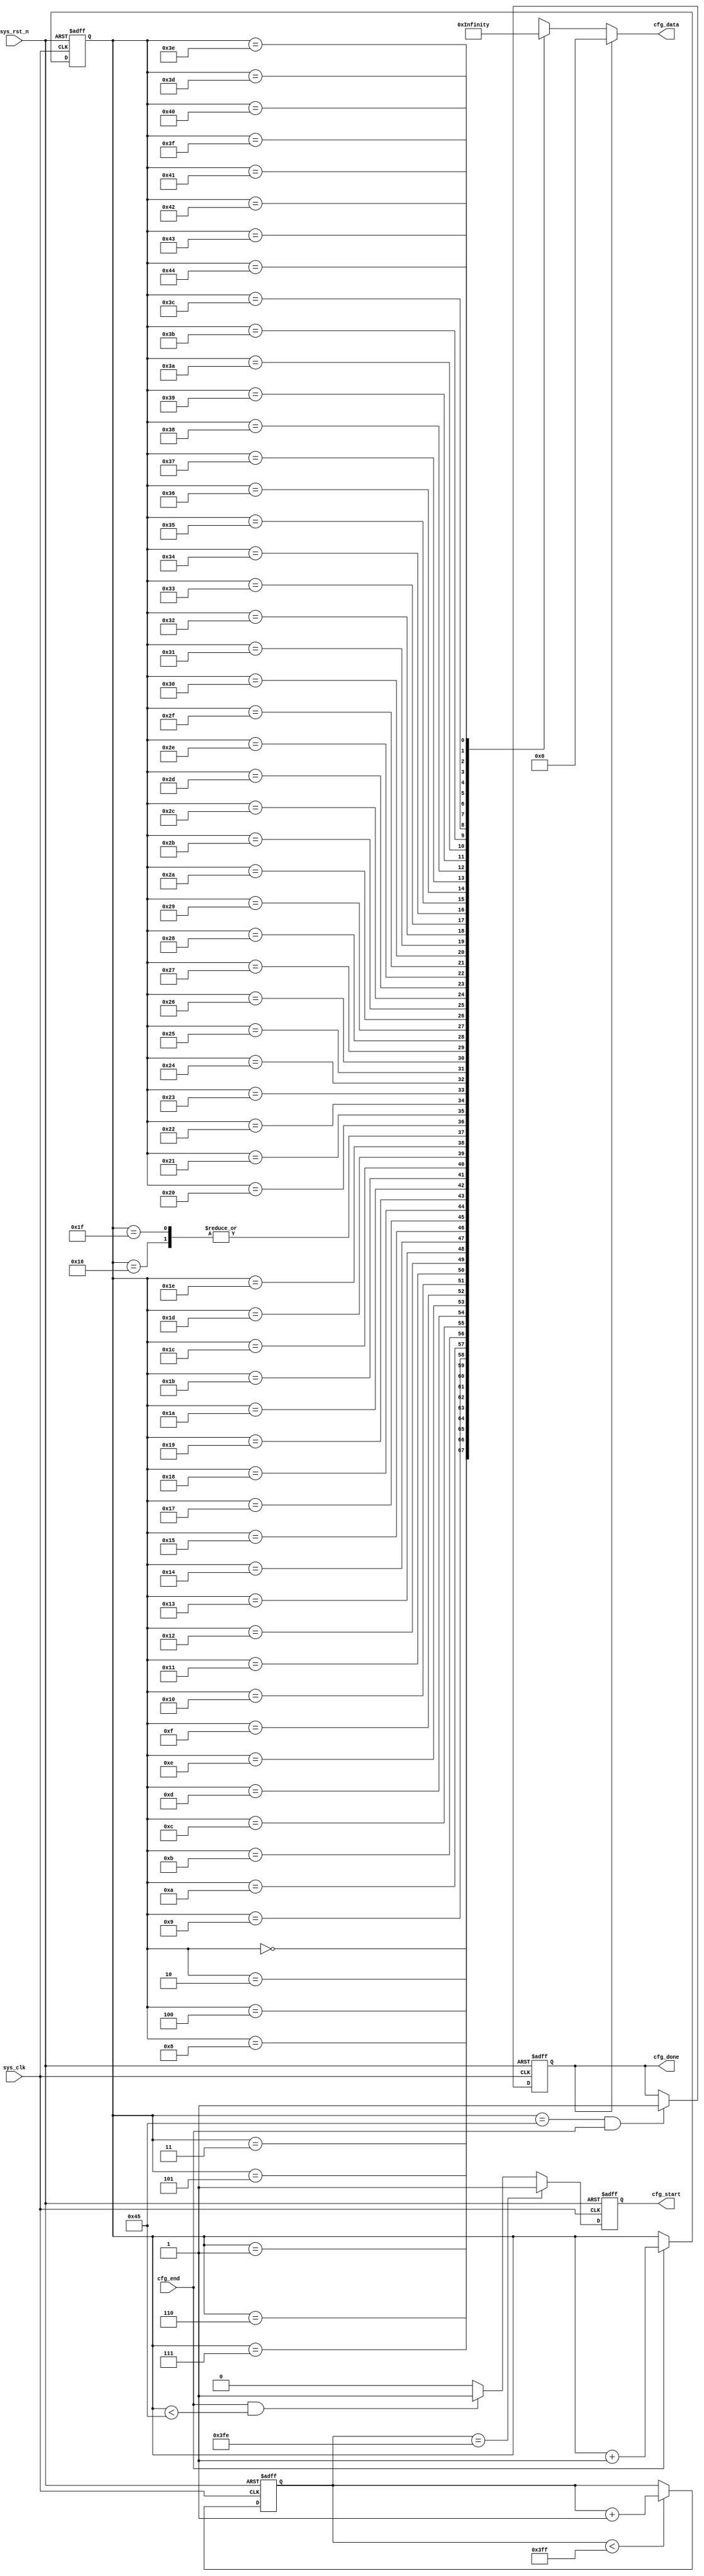
`timescale  1ns/1ns
////////////////////////////////////////////////////////////////////////
// Module Name   : ov7725_cfg
// Project Name  : ov7725_tft_320x272
// Target Devices: Altera EP4CE10F17C8N
// Tool Versions : Quartus 13.0
// Description   : OV7725
// 
// Revision      : V1.0
// Additional Comments:
// 
// : _Pro_FPGA
//     : http://www.embedfire.com
//     : http://www.firebbs.cn
//     : https://fire-stm32.taobao.com
////////////////////////////////////////////////////////////////////////

module  ov7725_cfg
(
    input   wire            sys_clk     ,   //,iic
    input   wire            sys_rst_n   ,   //,
    input   wire            cfg_end     ,   //

    output  reg             cfg_start   ,   //
    output  wire    [15:0]  cfg_data    ,   //ID,REG_ADDR,REG_VAL
    output  reg             cfg_done        //
);

//********************************************************************//
//****************** Parameter and Internal Signal *******************//
//********************************************************************//

//parameter define
parameter   REG_NUM         =   7'd69   ;   //
parameter   CNT_WAIT_MAX    =   10'd1023;   //

//wire  define
wire    [15:0]  cfg_data_reg[REG_NUM-1:0]   ;   //

//reg   define
reg     [9:0]   cnt_wait    ;   //
reg     [6:0]   reg_num     ;   //

//********************************************************************//
//***************************** Main Code ****************************//
//********************************************************************//
//cnt_wait:
always@(posedge sys_clk or negedge sys_rst_n)
    if(sys_rst_n == 1'b0)
        cnt_wait    <=  15'd0;
    else    if(cnt_wait < CNT_WAIT_MAX)
        cnt_wait    <=  cnt_wait + 1'b1;

//reg_num:
always@(posedge sys_clk or negedge sys_rst_n)
    if(sys_rst_n == 1'b0)
        reg_num <=  7'd0;
    else    if(cfg_end == 1'b1)
        reg_num <=  reg_num + 1'b1;

//cfg_start:
always@(posedge sys_clk or negedge sys_rst_n)
    if(sys_rst_n == 1'b0)
        cfg_start   <=  1'b0;
    else    if(cnt_wait == (CNT_WAIT_MAX - 1'b1))
        cfg_start   <=  1'b1;
    else    if((cfg_end == 1'b1) && (reg_num < REG_NUM))
        cfg_start   <=  1'b1;
    else
        cfg_start   <=  1'b0;

//cfg_done:
always@(posedge sys_clk or negedge sys_rst_n)
    if(sys_rst_n == 1'b0)
        cfg_done    <=  1'b0;
    else    if((reg_num == REG_NUM) && (cfg_end == 1'b1))
        cfg_done    <=  1'b1;

//cfg_data:ID,REG_ADDR,REG_VAL
assign  cfg_data = (cfg_done == 1'b1) ? 16'h0000 : cfg_data_reg[reg_num];

//----------------------------------------------------
//cfg_data_reg  ID   REG_ADDR REG_VAL
assign  cfg_data_reg[00]  =       {8'h3d,  8'h03};
assign  cfg_data_reg[01]  =       {8'h15,  8'h02};
assign  cfg_data_reg[02]  =       {8'h17,  8'h3f};
assign  cfg_data_reg[03]  =       {8'h18,  8'h50};
assign  cfg_data_reg[04]  =       {8'h19,  8'h07};
assign  cfg_data_reg[05]  =       {8'h1a,  8'h78};
assign  cfg_data_reg[06]  =       {8'h32,  8'h00};
assign  cfg_data_reg[07]  =       {8'h29,  8'h50};
assign  cfg_data_reg[08]  =       {8'h2a,  8'h00};
assign  cfg_data_reg[09]  =       {8'h2b,  8'h00};
assign  cfg_data_reg[10]  =       {8'h2c,  8'h78};
assign  cfg_data_reg[11]  =       {8'h0d,  8'h41};
assign  cfg_data_reg[12]  =       {8'h11,  8'h00};
assign  cfg_data_reg[13]  =       {8'h12,  8'h06};
assign  cfg_data_reg[14]  =       {8'h0c,  8'hd0};
assign  cfg_data_reg[15]  =       {8'h42,  8'h7f};
assign  cfg_data_reg[16]  =       {8'h4d,  8'h09};
assign  cfg_data_reg[17]  =       {8'h63,  8'hf0};
assign  cfg_data_reg[18]  =       {8'h64,  8'hff};
assign  cfg_data_reg[19]  =       {8'h65,  8'h00};
assign  cfg_data_reg[20]  =       {8'h66,  8'h00};
assign  cfg_data_reg[21]  =       {8'h67,  8'h00};
assign  cfg_data_reg[22]  =       {8'h13,  8'hff};
assign  cfg_data_reg[23]  =       {8'h0f,  8'hc5};
assign  cfg_data_reg[24]  =       {8'h14,  8'h11};
assign  cfg_data_reg[25]  =       {8'h22,  8'h98};
assign  cfg_data_reg[26]  =       {8'h23,  8'h03};
assign  cfg_data_reg[27]  =       {8'h24,  8'h40};
assign  cfg_data_reg[28]  =       {8'h25,  8'h30};
assign  cfg_data_reg[29]  =       {8'h26,  8'ha1};
assign  cfg_data_reg[30]  =       {8'h6b,  8'haa};
assign  cfg_data_reg[31]  =       {8'h13,  8'hff};
assign  cfg_data_reg[32]  =       {8'h90,  8'h0a};
assign  cfg_data_reg[33]  =       {8'h91,  8'h01};
assign  cfg_data_reg[34]  =       {8'h92,  8'h01};
assign  cfg_data_reg[35]  =       {8'h93,  8'h01};
assign  cfg_data_reg[36]  =       {8'h94,  8'h5f};
assign  cfg_data_reg[37]  =       {8'h95,  8'h53};
assign  cfg_data_reg[38]  =       {8'h96,  8'h11};
assign  cfg_data_reg[39]  =       {8'h97,  8'h1a};
assign  cfg_data_reg[40]  =       {8'h98,  8'h3d};
assign  cfg_data_reg[41]  =       {8'h99,  8'h5a};
assign  cfg_data_reg[42]  =       {8'h9a,  8'h1e};
assign  cfg_data_reg[43]  =       {8'h9b,  8'h3f};
assign  cfg_data_reg[44]  =       {8'h9c,  8'h25};
assign  cfg_data_reg[45]  =       {8'h9e,  8'h81};
assign  cfg_data_reg[46]  =       {8'ha6,  8'h06};
assign  cfg_data_reg[47]  =       {8'ha7,  8'h65};
assign  cfg_data_reg[48]  =       {8'ha8,  8'h65};
assign  cfg_data_reg[49]  =       {8'ha9,  8'h80};
assign  cfg_data_reg[50]  =       {8'haa,  8'h80};
assign  cfg_data_reg[51]  =       {8'h7e,  8'h0c};
assign  cfg_data_reg[52]  =       {8'h7f,  8'h16};
assign  cfg_data_reg[53]  =       {8'h80,  8'h2a};
assign  cfg_data_reg[54]  =       {8'h81,  8'h4e};
assign  cfg_data_reg[55]  =       {8'h82,  8'h61};
assign  cfg_data_reg[56]  =       {8'h83,  8'h6f};
assign  cfg_data_reg[57]  =       {8'h84,  8'h7b};
assign  cfg_data_reg[58]  =       {8'h85,  8'h86};
assign  cfg_data_reg[59]  =       {8'h86,  8'h8e};
assign  cfg_data_reg[60]  =       {8'h87,  8'h97};
assign  cfg_data_reg[61]  =       {8'h88,  8'ha4};
assign  cfg_data_reg[62]  =       {8'h89,  8'haf};
assign  cfg_data_reg[63]  =       {8'h8a,  8'hc5};
assign  cfg_data_reg[64]  =       {8'h8b,  8'hd7};
assign  cfg_data_reg[65]  =       {8'h8c,  8'he8};
assign  cfg_data_reg[66]  =       {8'h8d,  8'h20};
assign  cfg_data_reg[67]  =       {8'h0e,  8'h65};
assign  cfg_data_reg[68]  =       {8'h09,  8'h00};
//-------------------------------------------------------

endmodule